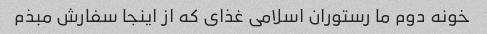
خونه دوم ما رستوران اسلامی غذای که از اینجا سفارش مبذم